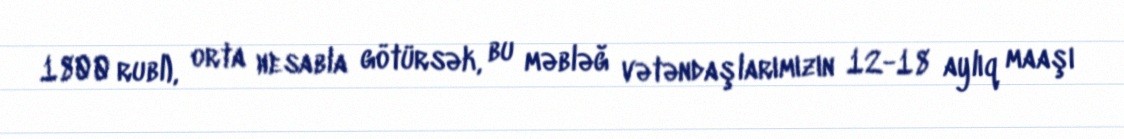
1800 rubl), orta hesabla götürsək, bu məbləğ vətəndaşlarımızın 12-18 aylıq maaşı